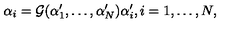
\alpha _ { i } = { \cal { G } } ( \alpha _ { 1 } ^ { \prime } , \ldots , \alpha _ { N } ^ { \prime } ) \alpha _ { i } ^ { \prime } , i = 1 , \ldots , N ,